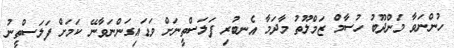
ހުންނަވާ މަންދޫބު ހުސާމް ޒަމްލޫތު މާދަމާ އެނބުރި ފަލަސްތީނަށް ވަޑައިގަންނަވާނޭ ކަމަށް ފަލަސްތީނު